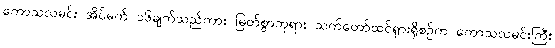
ကောသလမင်း အိပ်မက် ၁၆ချက်သည်ကား မြတ်စွာဘုရား သက်တော်ထင်ရှားရှိစဉ်က ကောသလမင်းကြီး